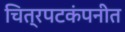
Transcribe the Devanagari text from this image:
चित्रपटकंपनीत